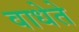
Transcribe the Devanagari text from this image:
वाधेते